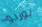
بوردو